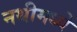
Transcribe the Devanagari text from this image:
नथीमध्ये